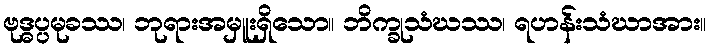
ဗုဒ္ဓပ္ပမုခဿ၊ ဘုရားအမှူးရှိသော။ ဘိက္ခုသံဃဿ၊ ရဟန်းသံဃာအား။